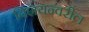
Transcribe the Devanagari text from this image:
विशयन्वरील